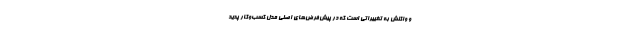
و واکنش به تغییراتی است که در پیش‌فرض‌های اصلی مدل کسب‌وکار پدید